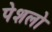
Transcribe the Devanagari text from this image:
पेशलो